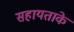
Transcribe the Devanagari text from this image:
सहायताके